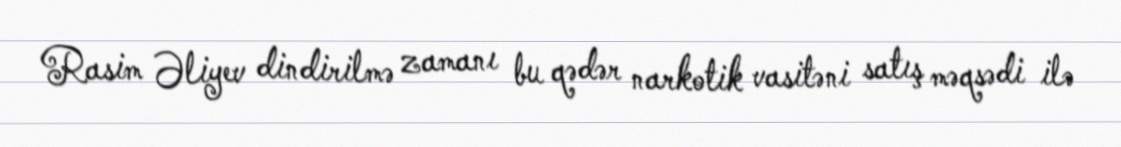
Rasim Əliyev dindirilmə zamanı bu qədər narkotik vasitəni satış məqsədi ilə